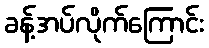
ခန့်အပ်လိုက်ကြောင်း